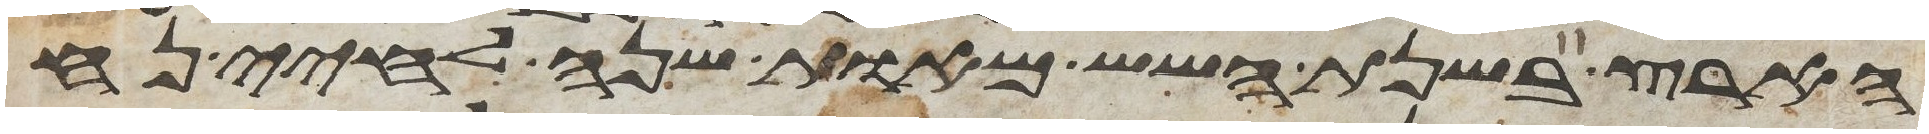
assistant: הארץ בשנת השש מאות שנה לחיי נח